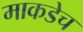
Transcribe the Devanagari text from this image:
माकडेच